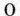
0